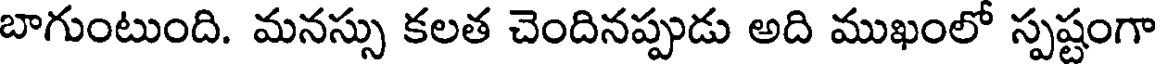
బాగుంటుంది. మనస్సు కలత చెందినప్పుడు అది ముఖంలో స్పష్టంగా